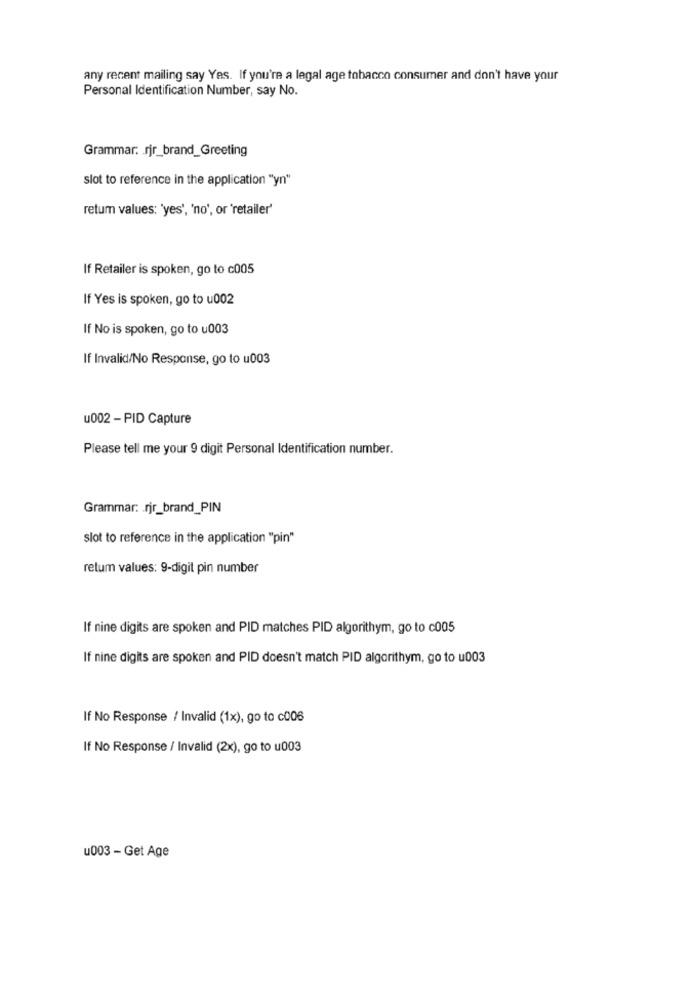
any recent mailing say Yes. If you're a legal age tobacco consumer and don't have your
Personal Identification Number, say No.
Grammar: rjr_brand_Greeting
slot to reference in the application "yn"
retum values: 'yes', 'no', or 'retailer'
If Retailer is spoken, go to c005
If Yes is spoken, go to u002
If No is spoken, go to u003
If Invalid/No Response, go to u003
u002 - PID Capture
Please tell me your 9 digit Personal Identification number.
Grammar: rjr_brand_PIN
slot to reference in the application "pin"
retum values: 9-digit pin number
If nine digits are spoken and PID matches PID algorithym, go to c005
If nine digits are spoken and PID doesn't match PID algorithym, go to u003
If No Response / Invalid (1x), go to c006
If No Response / Invalid (2x), go to u003
u003 - Get Age